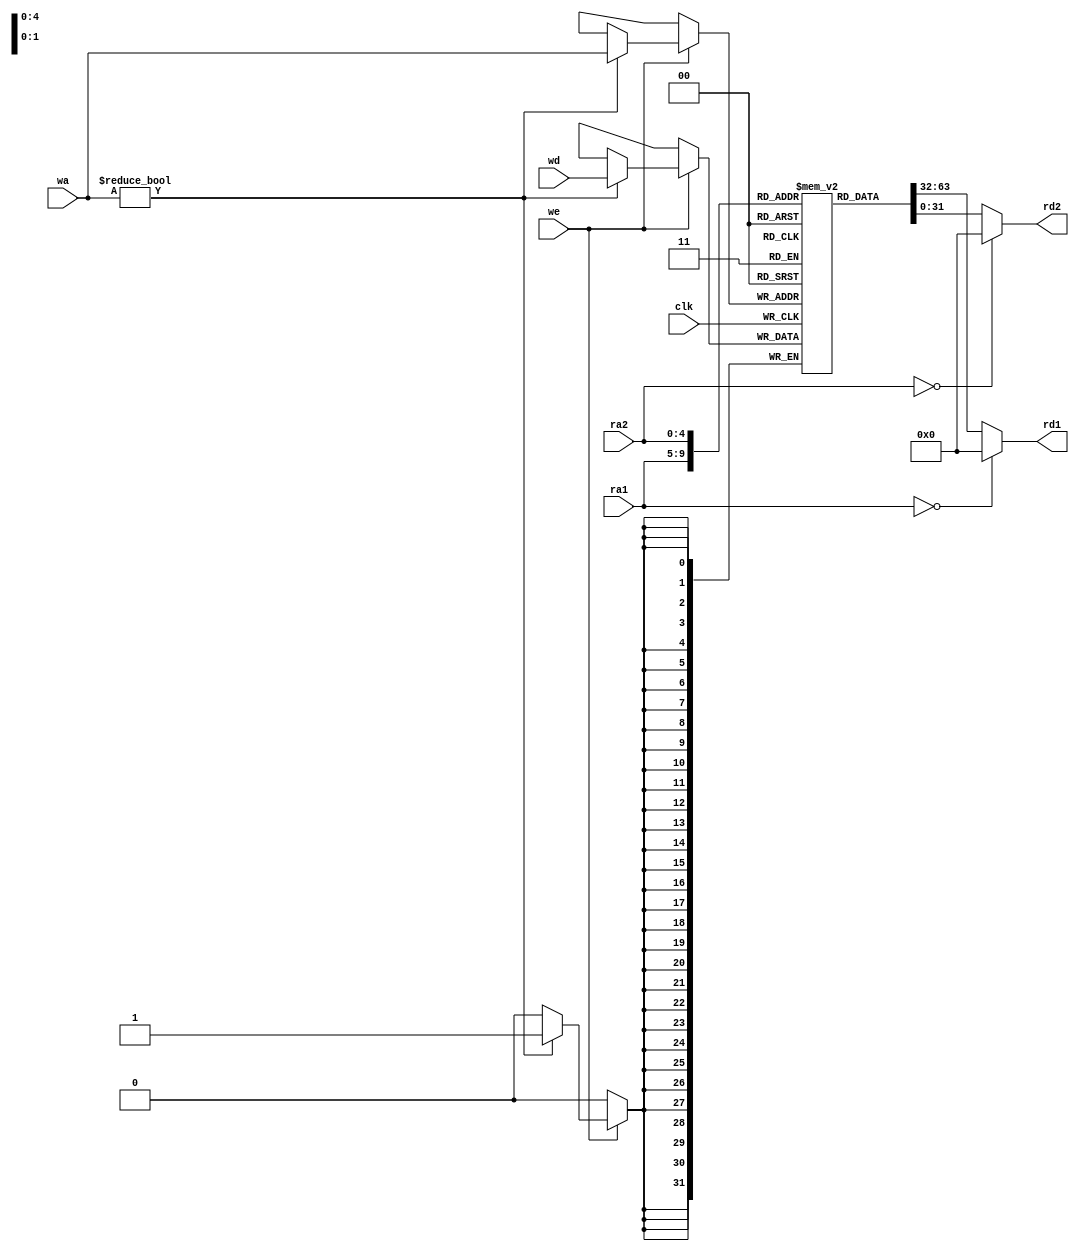
module reg_file (
    input clk,
    input we,
    input [4:0] ra1, ra2, wa,
    input [31:0] wd,
    output [31:0] rd1, rd2
);
    reg [31:0] registers [0:31];
    
    integer i;

    initial begin
        for (i = 0; i < 32; i = i + 1) begin
            registers[i] = 32'b0;
        end
    end

    always @ (posedge clk) begin
        if (we == 1'b1) begin
            if (wa != 5'b0) begin
                registers[wa] <= wd;
            end
        end
    end
    
    assign rd1 = (ra1 == 5'b0) ? 32'b0 : registers[ra1];
    assign rd2 = (ra2 == 5'b0) ? 32'b0 : registers[ra2];
    
endmodule